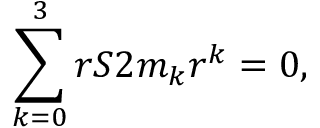
\sum _ { k = 0 } ^ { 3 } r S 2 m _ { k } r ^ { k } = 0 ,